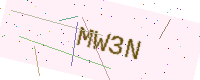
Text: MW3N